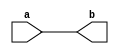
/*

1.  b  4bit;
2.  always  b  reg.
*/

module t2 (
input [4:0] a,
output reg [4:0] b
);
always @ (*)
    b = a;
endmodule